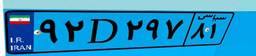
۹۲D۲۹۷۸۱